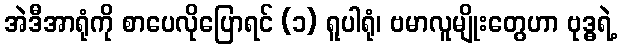
အဲဒီအာရုံကို စာပေလိုပြောရင် (၁) ရူပါရုံ၊ ဗမာလူမျိုးတွေဟာ ဗုဒ္ဓရဲ့